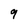
Character: 9